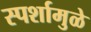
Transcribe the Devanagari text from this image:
स्पर्शामुळे